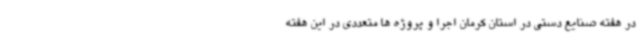
در هفته صنایع دستی در استان کرمان اجرا و پروژه ها متعددی در این هفته